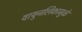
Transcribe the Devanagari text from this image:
वायुनलिकामुळे